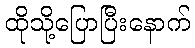
ထိုသို့ပြောပြီးနောက်